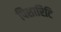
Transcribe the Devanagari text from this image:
पिशारिटि